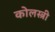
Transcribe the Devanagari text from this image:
कोलस्त्री